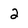
Character: 2